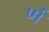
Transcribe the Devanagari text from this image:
र्ण